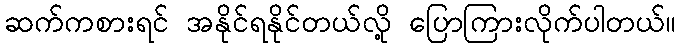
ဆက်ကစားရင် အနိုင်ရနိုင်တယ်လို့ ပြောကြားလိုက်ပါတယ်။